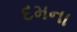
દમના